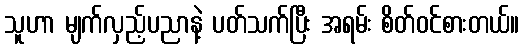
သူဟာ မျက်လှည့်ပညာနဲ့ ပတ်သက်ပြီး အရမ်း စိတ်ဝင်စားတယ်။